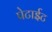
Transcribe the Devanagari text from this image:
पेटाईट